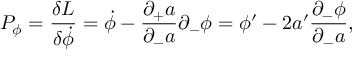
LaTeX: P _ { \phi } = { \frac { \delta L } { \delta \dot { \phi } } } = \dot { \phi } - { \frac { \partial _ { + } a } { \partial _ { - } a } } \partial _ { - } \phi = \phi ^ { \prime } - { 2 a ^ { \prime } } { \frac { \partial _ { - } \phi } { \partial _ { - } a } } ,